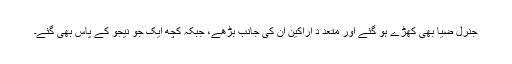
جنرل ضیا بھی کھڑے ہو گئے اور متعد د اراکین ان کی جانب بڑھے، جبکہ کچھ ایک جو نیجو کے پاس بھی گئے۔